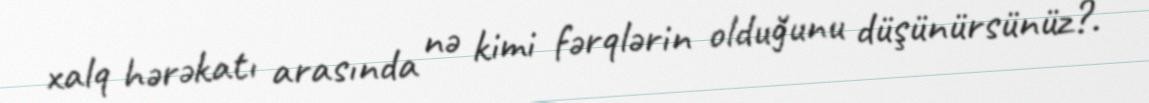
xalq hərəkatı arasında nə kimi fərqlərin olduğunu düşünürsünüz?.